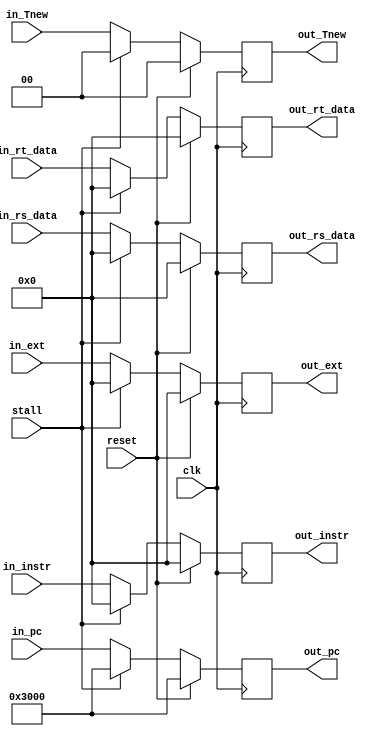
module E_reg (
    input clk,
    input reset,

    input [31:0] in_pc,
    input [31:0] in_instr,
    input [31:0] in_rs_data,
    input [31:0] in_rt_data,
    input [31:0] in_ext,
    input [ 1:0] in_Tnew,

    input stall,

    output [31:0] out_pc,
    output [31:0] out_instr,
    output [31:0] out_rs_data,
    output [31:0] out_rt_data,
    output [31:0] out_ext,
    output [ 1:0] out_Tnew
);
    reg [31:0] pc_E;
    reg [31:0] instr_E;
    reg [31:0] rs_data_E;
    reg [31:0] rt_data_E;
    reg [31:0] ext_E;
    reg [ 1:0] Tnew_E;

    assign out_pc      = pc_E;
    assign out_instr   = instr_E;
    assign out_rs_data = rs_data_E;
    assign out_rt_data = rt_data_E;
    assign out_ext     = ext_E;
    assign out_Tnew    = Tnew_E;

    always @(posedge clk) begin
        if (reset) begin
            pc_E      <= 32'h3000;
            instr_E   <= 32'b0;
            rs_data_E <= 32'b0;
            rt_data_E <= 32'b0;
            ext_E     <= 32'b0;
            Tnew_E    <= 2'b0;
        end else begin
            pc_E      <= stall ? 32'h3000 : in_pc;
            instr_E   <= stall ? 32'b0 : in_instr;
            rs_data_E <= stall ? 32'b0 : in_rs_data;
            rt_data_E <= stall ? 32'b0 : in_rt_data;
            ext_E     <= stall ? 32'b0 : in_ext;
            Tnew_E    <= stall ? 2'b0 : in_Tnew;
        end
    end
endmodule